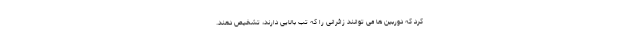
کرد که دوربین ها می توانند زائرانی را که تب بالایی دارند، تشخیص دهند.